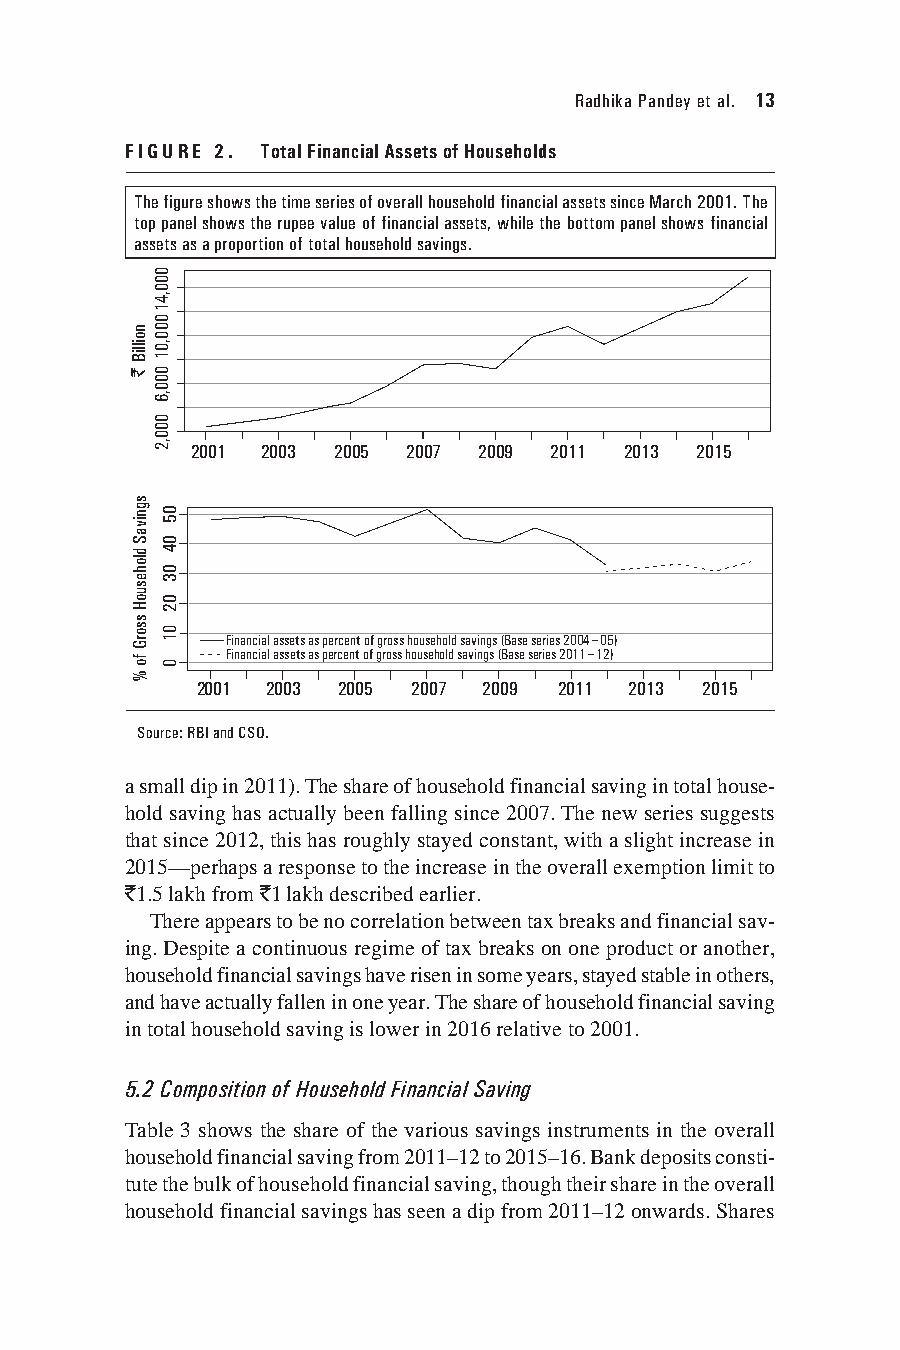
Radhika Pandey et al. 13
 FIGURE 2. Total Financial Assets of Households
 The figure shows the time series of overall household financial assets since March 2001. The
 top panel shows the rupee value of financial assets, while the bottom panel shows financial
 assets as a proportion of total household savings.
 2001 2003 2005 2007 2009 2011 2013 2015
 Financial assets as percent of gross household savings (Base series 2004−05)
 Financial assets as percent of gross household savings (Base series 2011−12)
 2001 2003 2005 2007 2009 2011 2013 2015
 Source: RBI and CSO.
 a small dip in 2011). The share of household financial saving in total house-
 hold saving has actually been falling since 2007. The new series suggests
 that since 2012, this has roughly stayed constant, with a slight increase in
 2015—perhaps a response to the increase in the overall exemption limit to
 `1.5 lakh from `1 lakh described earlier.
 There appears to be no correlation between tax breaks and financial sav-
 ing. Despite a continuous regime of tax breaks on one product or another,
 household financial savings have risen in some years, stayed stable in others,
 and have actually fallen in one year. The share of household financial saving
 in total household saving is lower in 2016 relative to 2001.
 5.2 Composition of Household Financial Saving
 Table 3 shows the share of the various savings instruments in the overall
 household financial saving from 2011–12 to 2015–16. Bank deposits consti-
 tute the bulk of household financial saving, though their share in the overall
 household financial savings has seen a dip from 2011–12 onwards. Shares
 noilliB
 `
 sgnivaS
 dlohesuoH
 ssorG
 fo
 %
 000,41000,01
 000,6
 000,2
 05
 04
 03
 02
 01
 0